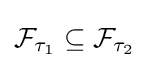
{\mathcal {F}}_{\tau _{1}}\subseteq {\mathcal {F}}_{\tau _{2}}